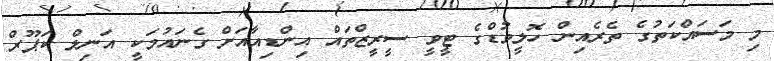
މި މަސައްކަތުގެ ތެރެއިން ހޮލީވުޑްގެ ޓީވީ ސީރީޒްތައް އިންޑިއާއަށް ގެނައުމަކީ އަނިލް ކަޕޫރް